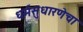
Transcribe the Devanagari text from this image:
धर्मसुधारणेचा